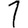
Digit: 1